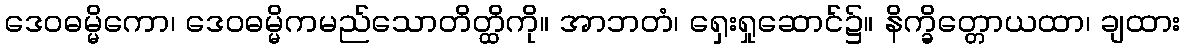
ဒေဝဓမ္မိကော၊ ဒေဝဓမ္မိကမည်သောတိတ္ထိကို။ အာဘတံ၊ ရှေးရှုဆောင်၌။ နိက္ခိတ္တောယထာ၊ ချထား